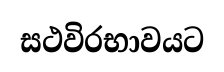
සථවිරභාවයට